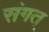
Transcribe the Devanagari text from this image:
संगत्